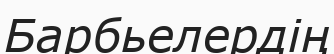
Барбьелердің